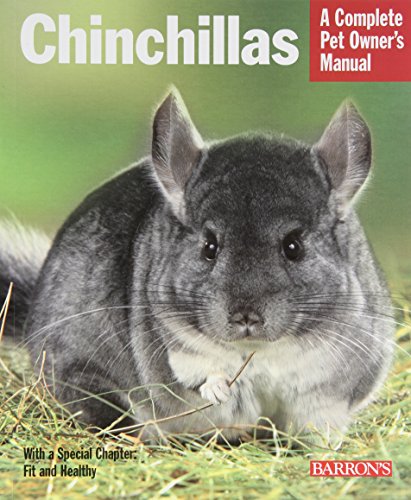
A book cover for Chinchillas (Complete Pet Owner's Manual); Juliana Bartl; Crafts, Hobbies & Home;